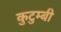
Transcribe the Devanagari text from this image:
कुटुम्बी